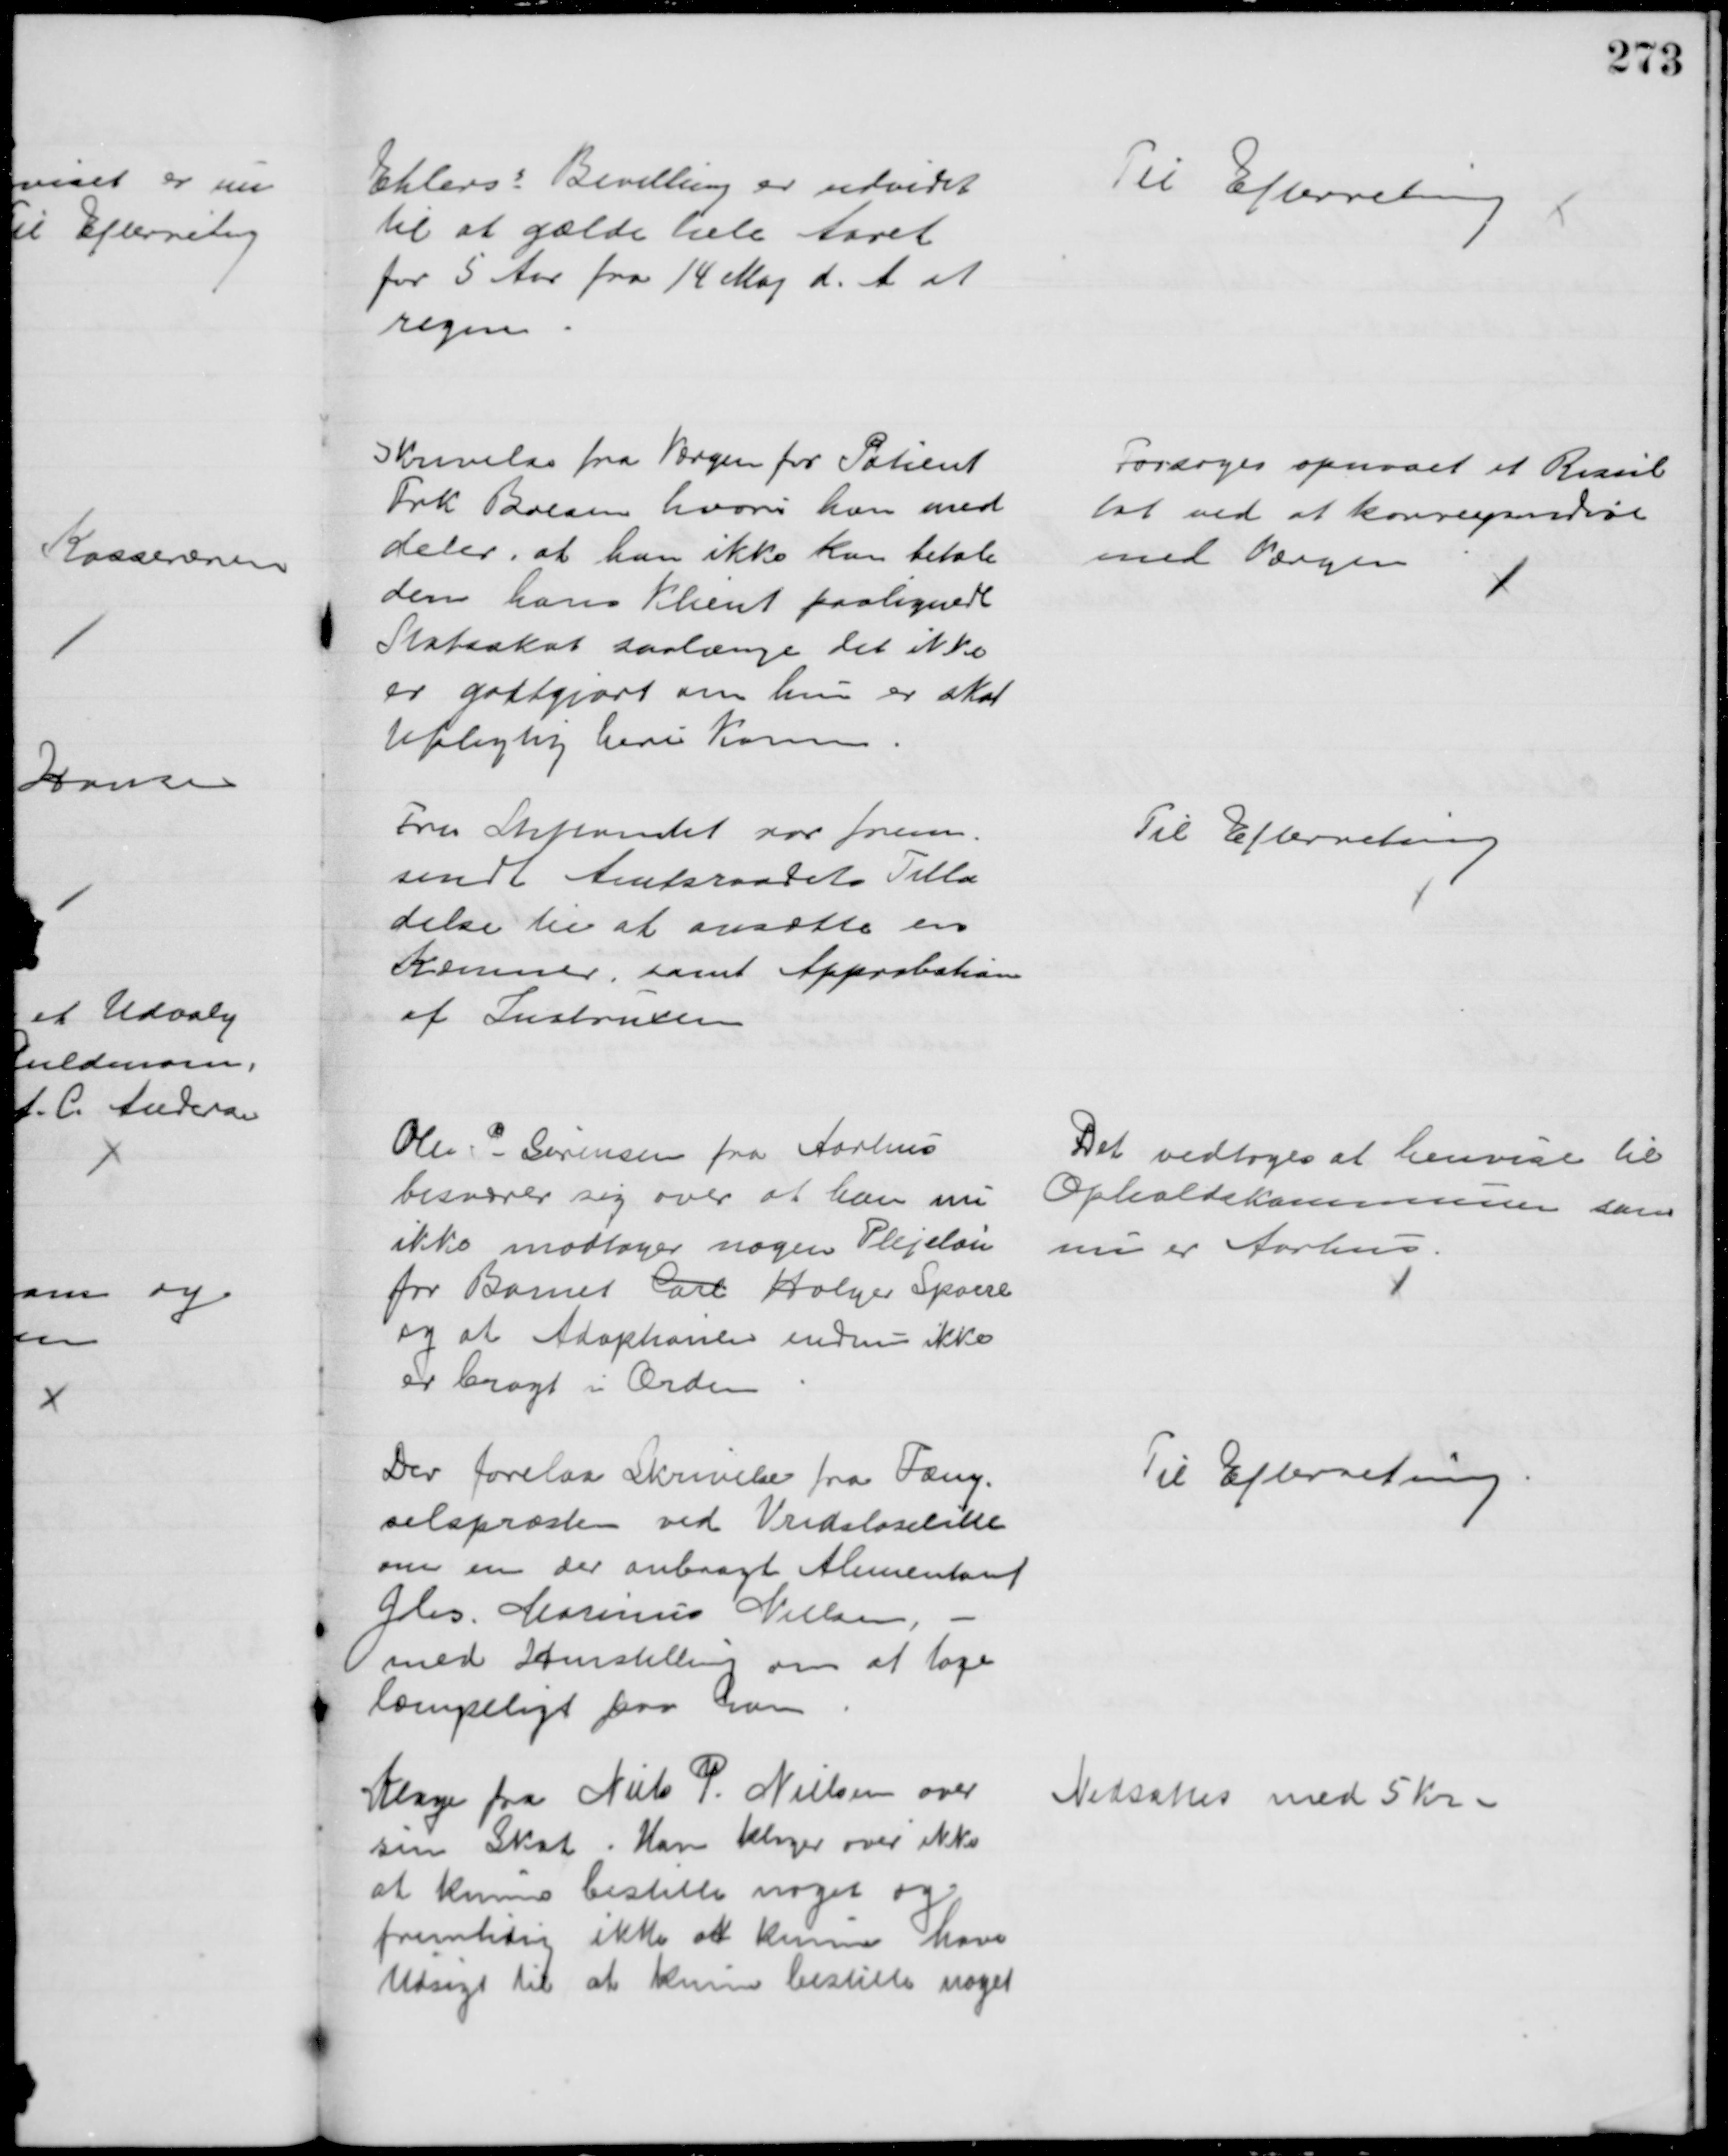
Transskription:
Ehlerss Bevilling er udvidet
til at gælde hele Aaret
for 5 Aar fra 14 Maj d. A. at
regne
Til Efterretning
Skrivelse fra Værgen for Patient
Frk Boesen hvori han med
deler, at han ikke kan betale
den hans Klient paalignede
Statsskat saalænge det ikke
er godtgjort om hun er skat 
tepligtig heri Komm.
Forsøges opnaaet et Resul
tat ved at korrespondere
med Værgen
Fra Stiftamtet var frem-
sendt Amtsraadets Tilla
delse til at ansætte en 
Kæmner, samt Approbation
af Instruxen
Til Efterretning
Ole P - Sørensen fra Aarhus
besværer sig over at han nu
ikke modtager nogen Plejeløn
for Barnet Carl Holger Sparre
og at Adoptionen endnu ikke
er bragt i Orden
Det vedtoges at henvise til 
Opholdskommunen som
nu er Aarhus.
Der forelaa skrivelse fra Fæng=
selspræsten ved Vridsløselille
om en der anbragt Alimentant
Gdr. Marius Nielsen,
med Henstilling om at tage
læmpeligt paa ham
Til Efterretning
Klage fra Niels P. Nielsen over
sin Skat. Han klager over ikke
at kunne bestille noget og
fremtidig ikke at kunne have
Udsigt til at kunne bestille noget
Nedsattes med 5 Kr.